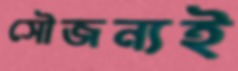
সৌজন্যই